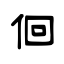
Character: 佪